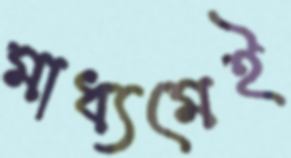
মাধ্যমেই